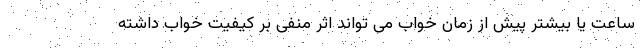
ساعت یا بیشتر پیش از زمان خواب می تواند اثر منفی بر کیفیت خواب داشته